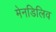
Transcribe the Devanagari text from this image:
मेनडिलिव